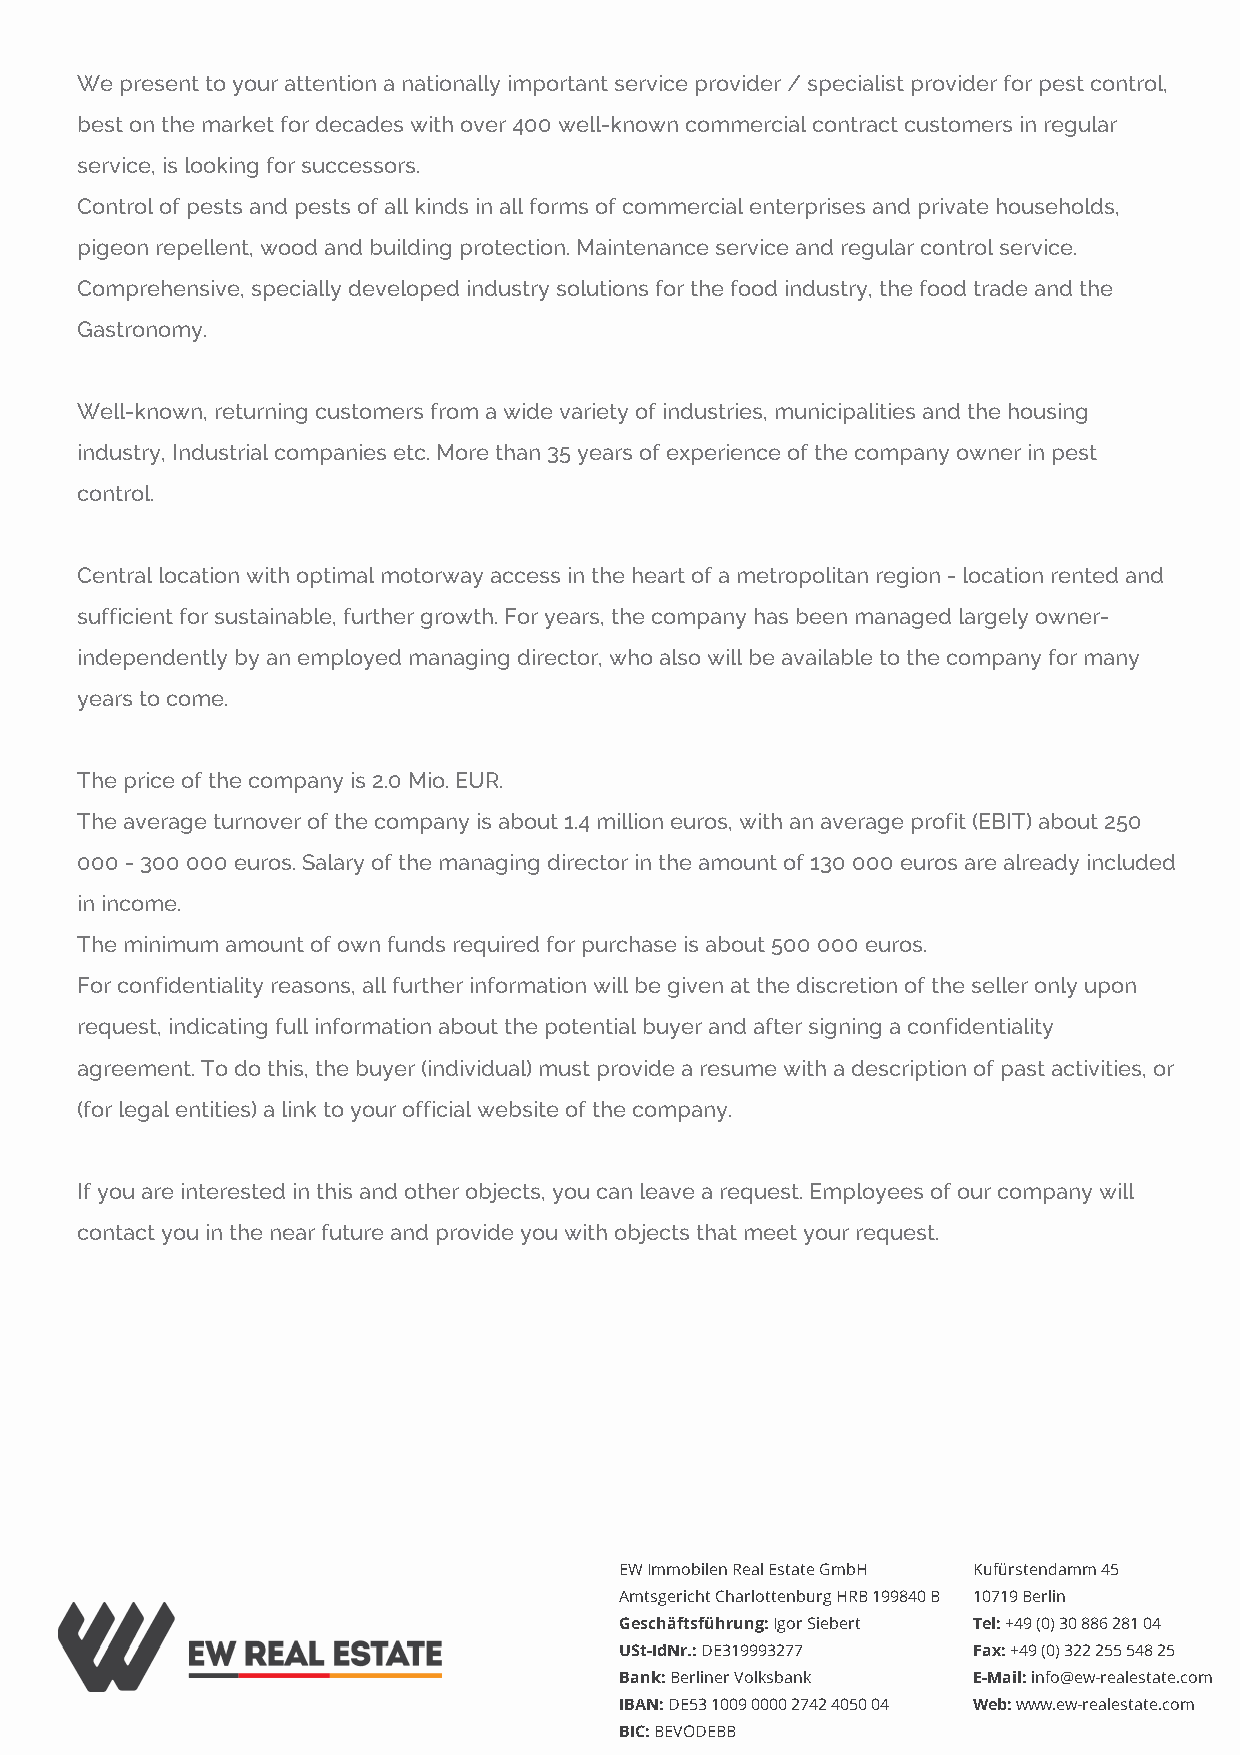
We present to your attention a nationally important service provider / specialist provider for pest control,
 best on the market for decades with over 400 well-known commercial contract customers in regular
 service, is looking for successors.
 Control of pests and pests of all kinds in all forms of commercial enterprises and private households,
 pigeon repellent, wood and building protection. Maintenance service and regular control service.
 Comprehensive, specially developed industry solutions for the food industry, the food trade and the
 Gastronomy.
 Well-known, returning customers from a wide variety of industries, municipalities and the housing
 industry, Industrial companies etc. More than 35 years of experience of the company owner in pest
 control.
 Central location with optimal motorway access in the heart of a metropolitan region - location rented and
 sufficient for sustainable, further growth. For years, the company has been managed largely owner-
 independently by an employed managing director, who also will be available to the company for many
 years to come.
 The price of the company is 2.0 Mio. EUR.
 The average turnover of the company is about 1.4 million euros, with an average profit (EBIT) about 250
 000 - 300 000 euros. Salary of the managing director in the amount of 130 000 euros are already included
 in income.
 The minimum amount of own funds required for purchase is about 500 000 euros.
 For confidentiality reasons, all further information will be given at the discretion of the seller only upon
 request, indicating full information about the potential buyer and after signing a confidentiality
 agreement. To do this, the buyer (individual) must provide a resume with a description of past activities, or
 (for legal entities) a link to your official website of the company.
 If you are interested in this and other objects, you can leave a request. Employees of our company will
 contact you in the near future and provide you with objects that meet your request.
 EW Immobilen Real Estate GmbH Kufürstendamm 45
 Amtsgericht Charlottenburg HRB 199840 B 10719 Berlin
 Geschäftsführung: Igor Siebert Tel: +49 (0) 30 886 281 04
 USt-IdNr.: DE319993277 Fax: +49 (0) 322 255 548 25
 Bank: Berliner Volksbank E-Mail: info@ew-realestate.com
 IBAN: DE53 1009 0000 2742 4050 04 Web: www.ew-realestate.com
 BIC: BEVODEBB